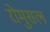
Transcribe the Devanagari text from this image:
रोमुसल